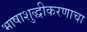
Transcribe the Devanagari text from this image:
भाषाशुद्धीकरणाचा